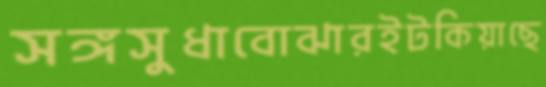
সঙ্গসুধাবোঝারইটকিয়াছে